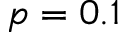
p = 0 . 1